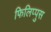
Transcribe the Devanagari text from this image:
फिलिप्पुस